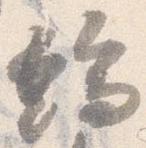
端